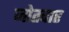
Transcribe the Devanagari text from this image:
जोतदार